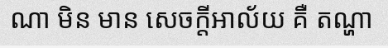
ណា មិន មាន សេចក្តីឣាល័យ គឺ តណ្ហា